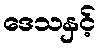
ဒေသနှင့်